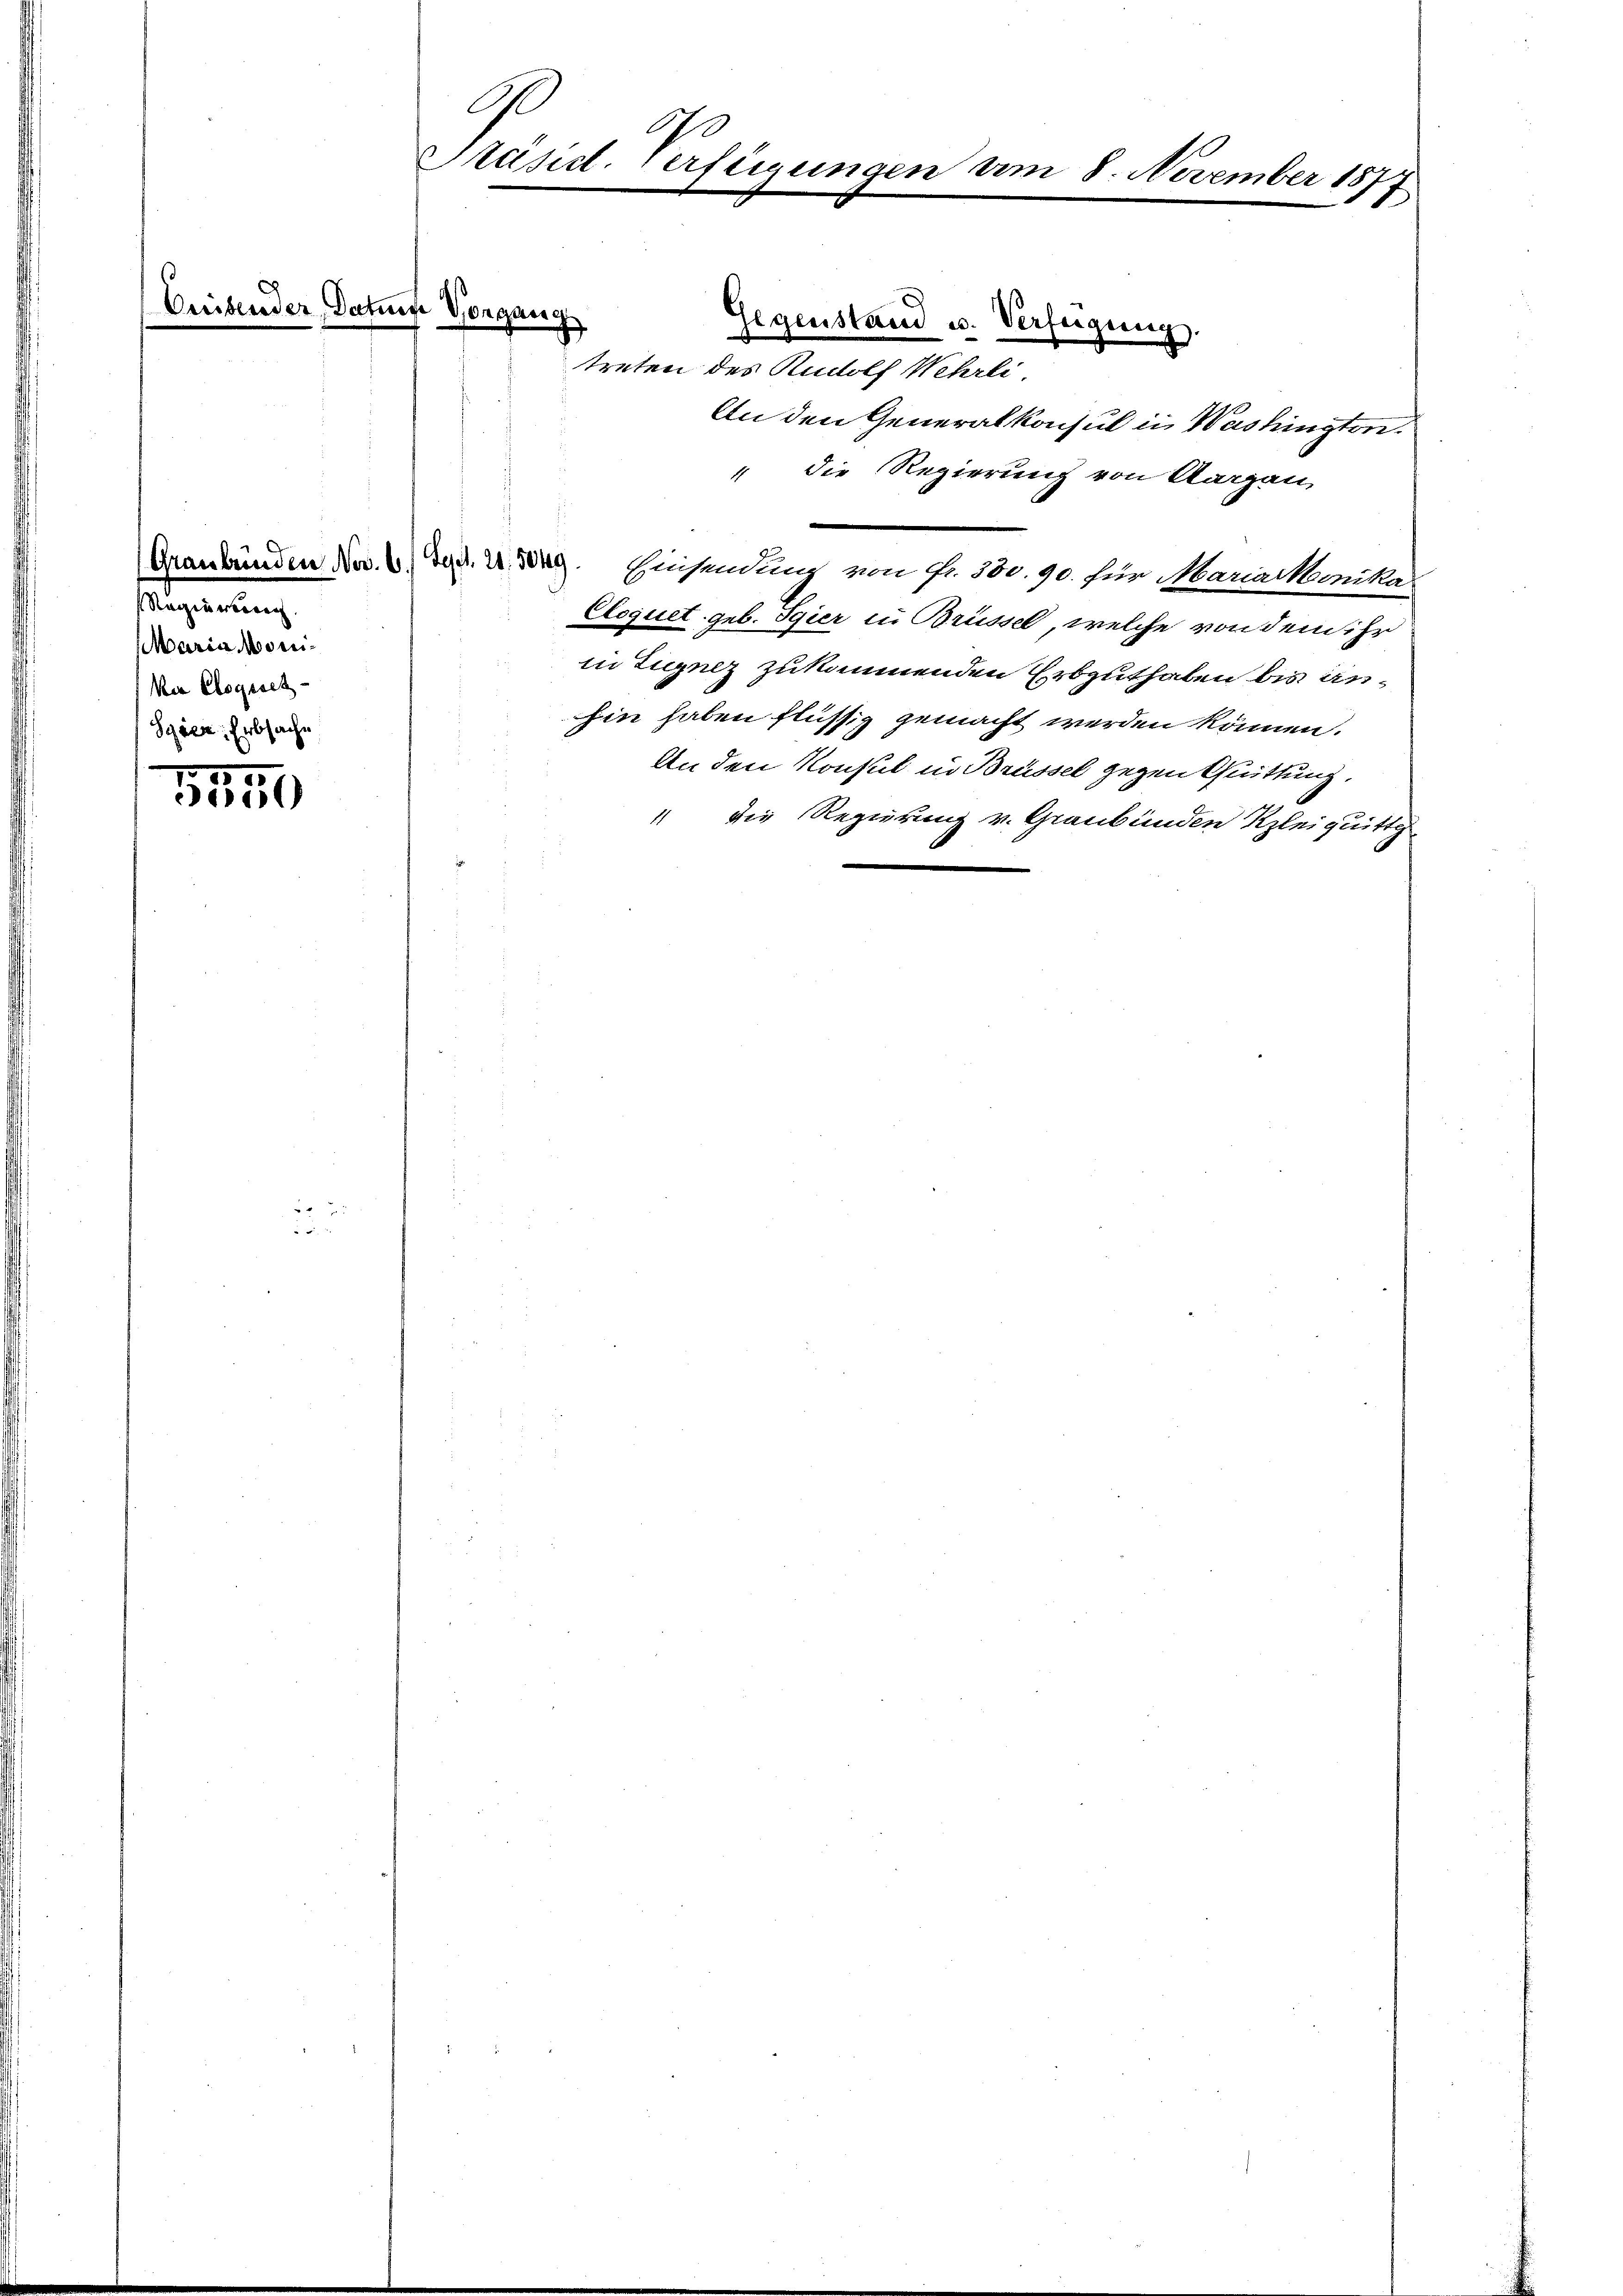
Regierung
Maria Moni¬
Mia Elogisch-
Scien Erbsache

1550

G
o
Präsid. Verfügungen am 8. November 187
3

Gegenstand u. Verfeigung.
treten des Rudolf Wehrli,
An den Generalkonsul in Washington¬
" die Regierung von Aargau,
Graubünden Nov. 6. d.d. 2. Berg. Einsendung von fr. 500. 90. für Marialkmites
Cloquet geb. Spier in Brüssel, welche von dem ihr
in Zugnez zukommenden Erbguthaben bis anin haben flüssig gemacht werden können.
An den Konsul in Brüssel gegen Quittung,
" die Regierung v. Graubünden Kleiquitti

ut Vorgang